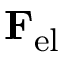
\mathbf { F } _ { \mathrm { e l } }